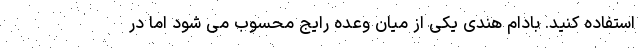
استفاده کنید. بادام هندی یکی از میان وعده رایج محسوب می شود اما در